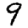
Digit: 9